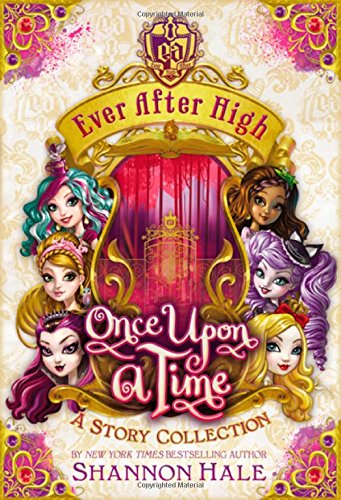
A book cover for Ever After High: Once Upon a Time: A Story Collection; Shannon Hale; Children's Books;